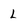
Character: L